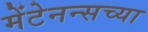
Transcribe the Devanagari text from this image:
मेंटेनन्सच्या